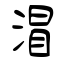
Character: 㴘